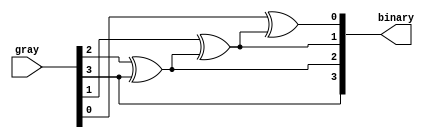
module gray_to_binary(gray, binary);
    parameter SIZE = 4;
    input [SIZE-1:0] gray;
    output reg [SIZE-1:0] binary;

    integer i;
    always @(*) begin
        for (i = SIZE - 1; i >= 0; i = i - 1)
            if (i == SIZE - 1) binary[i] = gray[i];
            else binary[i] = gray[i] ^ binary[i +1]; 
    end
endmodule